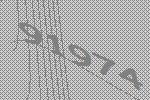
91974